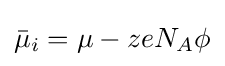
{\bar {\mu }}_{i}=\mu -zeN_{A}\phi \,\!